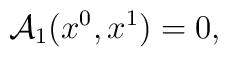
{\cal A}_1 (x^0 ,x^1 ) = 0 ,